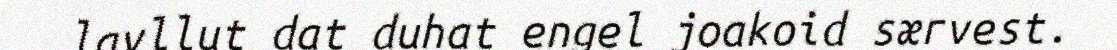
lavllut dat duhat engel joakoid særvest.